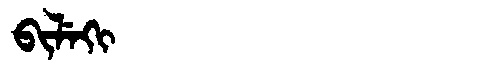
Manchu: ᠪᡳᠯᡝᡴᡳ
Romanization: BILEKI